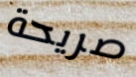
صريحة